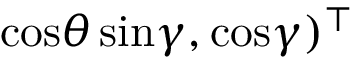
\mathrm { c o s } \theta \, \mathrm { s i n } \gamma , \mathrm { c o s } \gamma ) ^ { \top }